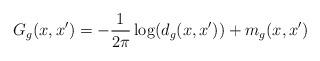
LaTeX: \begin{align*} G_{g}(x,x')= -\frac{1}{2\pi}\log(d_{g}(x,x'))+m_{g}(x,x')\end{align*}